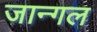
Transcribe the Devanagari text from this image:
जान्गल